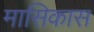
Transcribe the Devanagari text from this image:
मासिकास